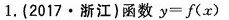
1.(2017·浙江)函数$$y = f ( x )$$